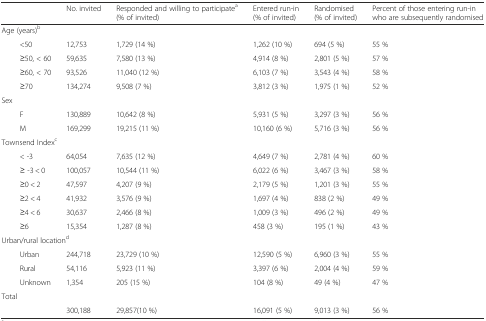
<table><thead><tr><td colspan="2"></td><td><b>No. invited</b></td><td><b>Responded and willing to participate<sup>a</sup> (% of invited)</b></td><td><b>Entered run-in (% of invited)</b></td><td><b>Randomised (% of invited)</b></td><td><b>Percent of those entering run-in who are subsequently randomised</b></td></tr></thead><tbody><tr><td colspan="7">Age (years)<sup>b</sup></td></tr><tr><td></td><td>&lt;50</td><td>12,753</td><td>1,729 (14 %)</td><td>1,262 (10 %)</td><td>694 (5 %)</td><td>55 %</td></tr><tr><td></td><td>≥50, &lt; 60</td><td>59,635</td><td>7,580 (13 %)</td><td>4,914 (8 %)</td><td>2,801 (5 %)</td><td>57 %</td></tr><tr><td></td><td>≥60, &lt; 70</td><td>93,526</td><td>11,040 (12 %)</td><td>6,103 (7 %)</td><td>3,543 (4 %)</td><td>58 %</td></tr><tr><td></td><td>≥70</td><td>134,274</td><td>9,508 (7 %)</td><td>3,812 (3 %)</td><td>1,975 (1 %)</td><td>52 %</td></tr><tr><td colspan="7">Sex</td></tr><tr><td></td><td>F</td><td>130,889</td><td>10,642 (8 %)</td><td>5,931 (5 %)</td><td>3,297 (3 %)</td><td>56 %</td></tr><tr><td></td><td>M</td><td>169,299</td><td>19,215 (11 %)</td><td>10,160 (6 %)</td><td>5,716 (3 %)</td><td>56 %</td></tr><tr><td colspan="7">Townsend Index<sup>c</sup></td></tr><tr><td></td><td>&lt; -3</td><td>64,054</td><td>7,635 (12 %)</td><td>4,649 (7 %)</td><td>2,781 (4 %)</td><td>60 %</td></tr><tr><td></td><td>≥ -3 &lt; 0</td><td>100,057</td><td>10,544 (11 %)</td><td>6,022 (6 %)</td><td>3,467 (3 %)</td><td>58 %</td></tr><tr><td></td><td>≥0 &lt; 2</td><td>47,597</td><td>4,207 (9 %)</td><td>2,179 (5 %)</td><td>1,201 (3 %)</td><td>55 %</td></tr><tr><td></td><td>≥2 &lt; 4</td><td>41,932</td><td>3,576 (9 %)</td><td>1,697 (4 %)</td><td>838 (2 %)</td><td>49 %</td></tr><tr><td></td><td>≥4 &lt; 6</td><td>30,637</td><td>2,466 (8 %)</td><td>1,009 (3 %)</td><td>496 (2 %)</td><td>49 %</td></tr><tr><td></td><td>≥6</td><td>15,354</td><td>1,287 (8 %)</td><td>458 (3 %)</td><td>195 (1 %)</td><td>43 %</td></tr><tr><td colspan="7">Urban/rural location<sup>d</sup></td></tr><tr><td></td><td>Urban</td><td>244,718</td><td>23,729 (10 %)</td><td>12,590 (5 %)</td><td>6,960 (3 %)</td><td>55 %</td></tr><tr><td></td><td>Rural</td><td>54,116</td><td>5,923 (11 %)</td><td>3,397 (6 %)</td><td>2,004 (4 %)</td><td>59 %</td></tr><tr><td></td><td>Unknown</td><td>1,354</td><td>205 (15 %)</td><td>104 (8 %)</td><td>49 (4 %)</td><td>47 %</td></tr><tr><td colspan="7">Total</td></tr><tr><td></td><td></td><td>300,188</td><td>29,857(10 %)</td><td>16,091 (5 %)</td><td>9,013 (3 %)</td><td>56 %</td></tr></tbody></table>